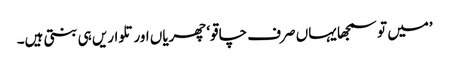
’میں تو سمجھا یہاں صرف چاقو‘ چھریاں اور تلواریں ہی بنتی ہیں۔